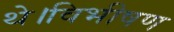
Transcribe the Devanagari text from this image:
थे।विभीषण